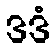
ဒဒံ